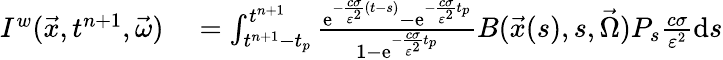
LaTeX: \begin{array}{rl}{I^{w}(\vec{x},t^{n+1},\vec{\omega})}&{{}=\int_{t^{n+1}-t_{p}}^{t^{n+1}}\frac{\mathrm{e}^{-\frac{c\sigma}{\varepsilon^{2}}(t-s)}-\mathrm{e}^{-\frac{c\sigma}{\varepsilon^{2}}t_{p}}}{1-\mathrm{e}^{-\frac{c\sigma}{\varepsilon^{2}}t_{p}}}B(\vec{x}(s),s,\vec{\Omega})P_{s}\frac{c\sigma}{\varepsilon^{2}}\mathrm{d}s}\end{array}